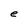
Character: e